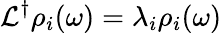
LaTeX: \mathcal{L}^{\dagger}\rho_{i}(\omega)=\lambda_{i}\rho_{i}(\omega)